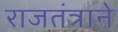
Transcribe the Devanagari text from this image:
राजतंत्राने